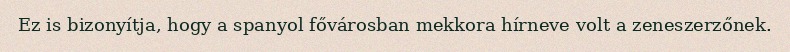
Ez is bizonyítja, hogy a spanyol fővárosban mekkora hírneve volt a zeneszerzőnek.